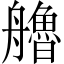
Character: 艪